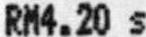
RM4.20 S